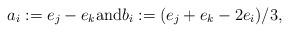
LaTeX: \begin{align*}a_i := e_j - e_k \mbox{and} b_i := (e_j + e_k - 2e_i)/3,\end{align*}